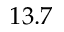
1 3 . 7